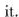
it.